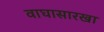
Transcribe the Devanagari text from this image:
वाघासारखा